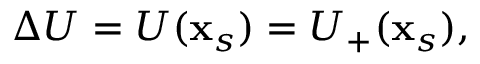
\Delta U = U ( \mathbf { x } _ { s } ) = U _ { + } ( \mathbf { x } _ { s } ) ,